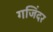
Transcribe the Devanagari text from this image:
गजिंदर